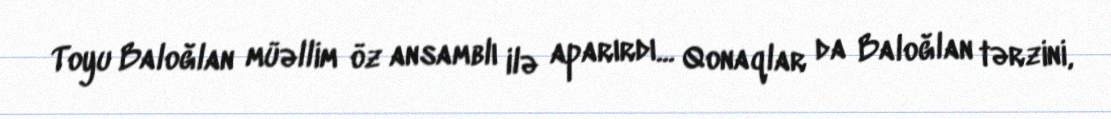
Toyu Baloğlan müəllim öz ansamblı ilə aparırdı... Qonaqlar da Baloğlan tərzini,